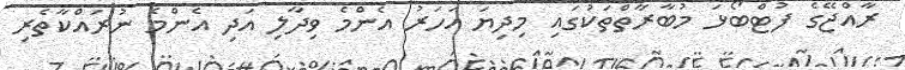
ރާއްޖޭގެ ފުޓްބޯޅަ މުބާރާތްތަކުގައި މިދިޔަ އަހަރު އެންމެ ވިދާލި އަދި އެންމެ ނުރައްކާތެރި